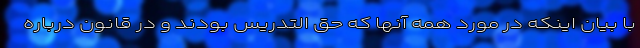
با بیان اینکه در مورد همه آنها که حق التدریس بودند و در قانون درباره